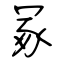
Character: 冢